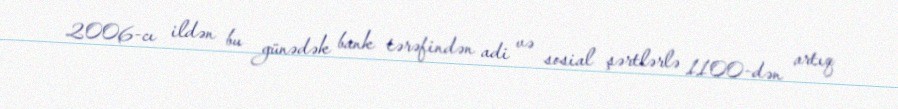
2006-cı ildən bu günədək bank tərəfindən adi və sosial şərtlərlə 1100-dən artıq